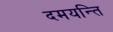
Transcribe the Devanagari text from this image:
दमयन्ति